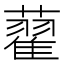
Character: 藋